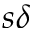
s \delta